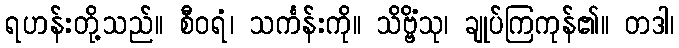
ရဟန်းတို့သည်။ စီဝရံ၊ သင်္ကန်းကို။ သိဗ္ဗိံသု၊ ချုပ်ကြကုန်၏။ တဒါ၊